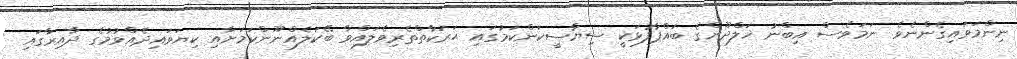
ނިންމަވައިގެންނެވެ. ނަމަވެސް އިބްނު ޚަލްދޫންގެ ބައްޕާފުޅަކީ ސިޔާސީކަންކަމުގައި ޙަރަކާތްތެރިވެލައްވާ ބޭކަލެއްނޫންކަމަށާއި ކިޔަވައިދެއްވުމުގެ ދާއިރާގައި